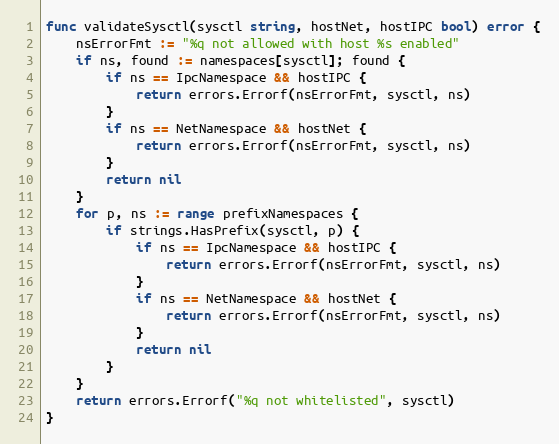
Language: Go
func validateSysctl(sysctl string, hostNet, hostIPC bool) error {
	nsErrorFmt := "%q not allowed with host %s enabled"
	if ns, found := namespaces[sysctl]; found {
		if ns == IpcNamespace && hostIPC {
			return errors.Errorf(nsErrorFmt, sysctl, ns)
		}
		if ns == NetNamespace && hostNet {
			return errors.Errorf(nsErrorFmt, sysctl, ns)
		}
		return nil
	}
	for p, ns := range prefixNamespaces {
		if strings.HasPrefix(sysctl, p) {
			if ns == IpcNamespace && hostIPC {
				return errors.Errorf(nsErrorFmt, sysctl, ns)
			}
			if ns == NetNamespace && hostNet {
				return errors.Errorf(nsErrorFmt, sysctl, ns)
			}
			return nil
		}
	}
	return errors.Errorf("%q not whitelisted", sysctl)
}